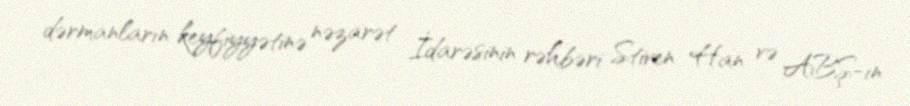
dərmanların keyfiyyətinə nəzarət İdarəsinin rəhbəri Stiven Han və ABŞ-ın